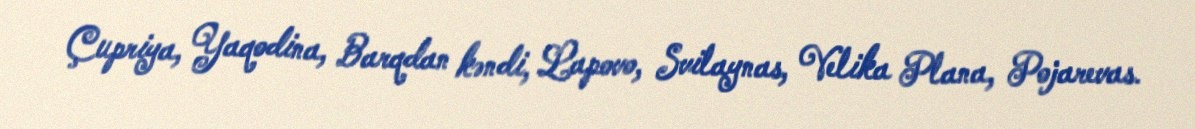
Çupriya, Yaqodina, Barqdan kəndi, Lapovo, Svilaynas, Velika Plana, Pojarevas.